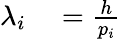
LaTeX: \begin{array}{rl}{\lambda_{i}}&{{}=\frac{h}{p_{i}}}\end{array}